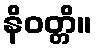
နိဝတ္တိ။